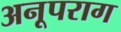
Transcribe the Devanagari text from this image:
अनूपराग